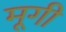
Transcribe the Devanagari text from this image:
मूगी